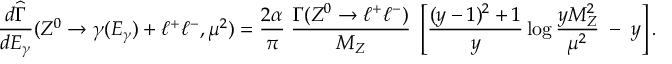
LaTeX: \frac { d \widehat { \Gamma } } { d E _ { \gamma } } ( Z ^ { 0 } \rightarrow \gamma ( E _ { \gamma } ) + \ell ^ { + } \ell ^ { - } , \mu ^ { 2 } ) = \frac { 2 \alpha } { \pi } \; \frac { \Gamma ( Z ^ { 0 } \rightarrow \ell ^ { + } \ell ^ { - } ) } { M _ { Z } } \; \left[ \frac { ( y - 1 ) ^ { 2 } + 1 } { y } \log { \frac { y M _ { Z } ^ { 2 } } { \mu ^ { 2 } } } \; - \; y \right] .